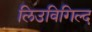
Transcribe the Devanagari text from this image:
लिउविगिल्द